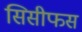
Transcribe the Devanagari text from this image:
सिसीफस